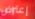
إعتراض